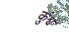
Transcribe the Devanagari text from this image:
कुंश्व